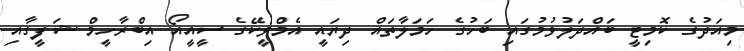
މިއަދުގެ ކޮމިޓީ ބައްދަލުވުމުގައި ބަހުގެ ހަމަލާތައް ދިޔައީ އެމްވީކޭގެ ސީއީއޯ އިބްރާހީމް ޝަފީގާއި